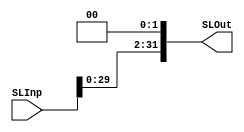
module SL2 (
		
		//Entradas
		input [31:0]SLInp,
		
		//Salidas
		output reg [31:0]SLOut

);

//2- Delcaracion de señales --> NA(No aplica)

//3- Cuerpo del modulo


assign SLOut = SLInp << 2;

endmodule